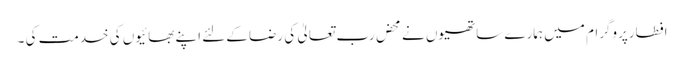
افطارپروگرام میں ہمارے ساتھیوں نے محض رب تعالیٰ کی رضا کےلئے اپنے بھائیوں کی خدمت کی ۔